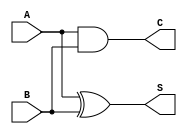
module half_adder(input A, B, output C, S);
  xor XOR1(S, A, B);
  and AND1(C, A, B);
endmodule